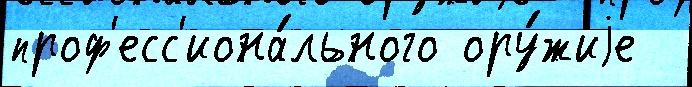
проф'есс'иона́льного ору́жиjе